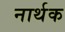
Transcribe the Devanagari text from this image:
नार्थक